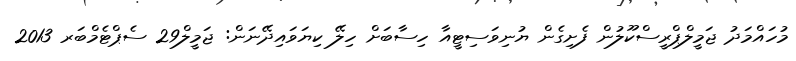
މުހައްމަދު ޖަމީލްޕްރީސްކޫލުން ފެށިގެން ޔުނިވަސިޓީއާ ހިސާބަށް ހިލޭ ކިޔަވައިދޭނަން: ޖަމީލް29 ސެޕްޓެމްބަރ 2013